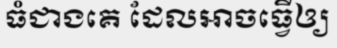
ធំជាងគេ ដែលអាចធ្វើឲ្យ